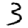
Digit: 3